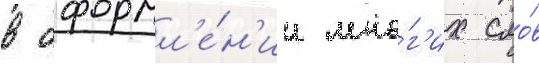
в оформл'е́н'ии мно́г'их сло́в